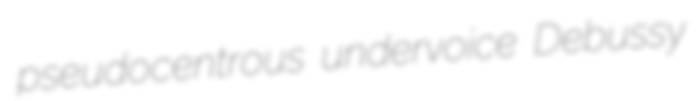
pseudocentrous undervoice Debussy